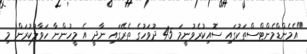
"އެމެންޑްމެންޓްސްތަކުގައި ސޮއިކުރެވުނީމަ 45 ދުވަހުގެ ތެރޭގައި ނާދީ އެ މީހުންނާ ހަވާލުކުރަން މި